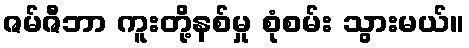
ဇမ်ဇီဘာ ကူးတို့နစ်မှု စုံစမ်း သွားမယ်။